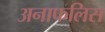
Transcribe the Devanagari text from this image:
अनाफलिस